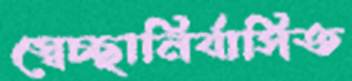
স্বেচ্ছানির্বাসিত